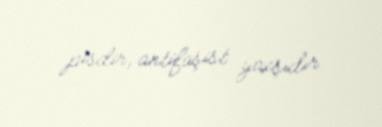
pisdir, antifaşist yaxşıdır.